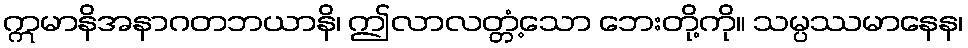
ဣမာနိအနာဂတဘယာနိ၊ ဤလာလတ္တံ့သော ဘေးတို့ကို။ သမ္ပဿမာနေန၊